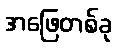
အဖြေတစ်ခု